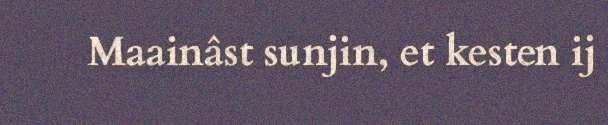
Maainâst sunjin, et kesten ij